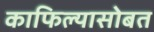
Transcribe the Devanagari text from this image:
काफिल्यासोबत